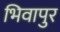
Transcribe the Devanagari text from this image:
भिवापुर